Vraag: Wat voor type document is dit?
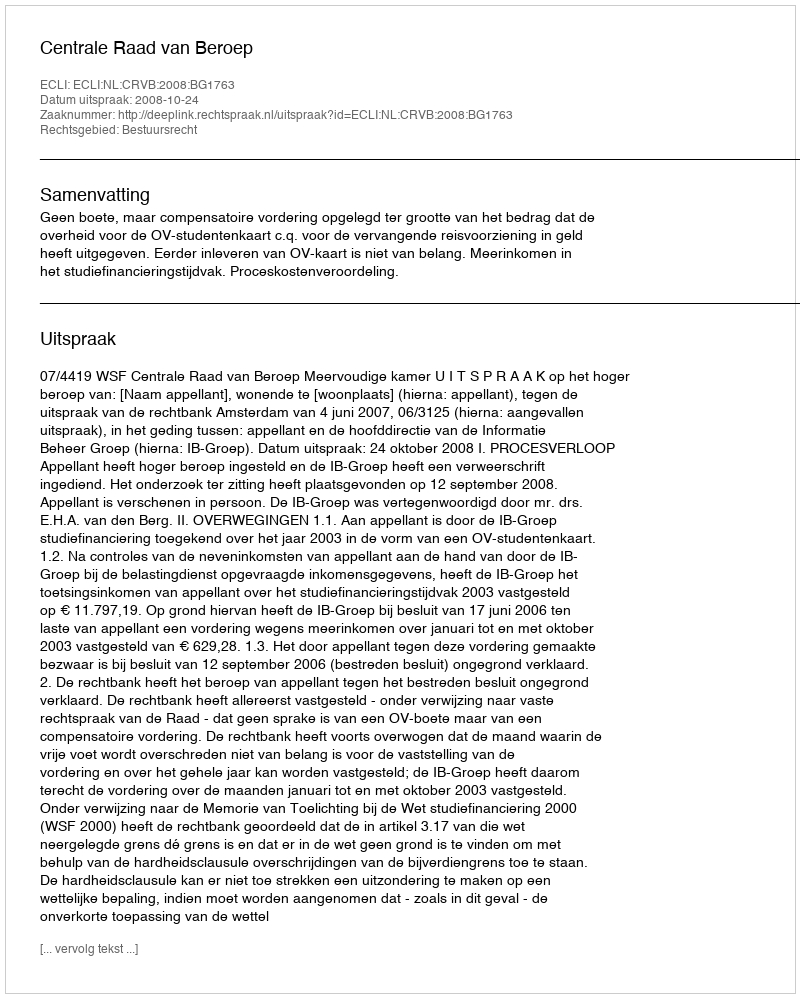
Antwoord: Uitspraak